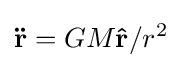
\mathbf {\ddot {r}} =GM\mathbf {\hat {r}} /r^{2}